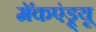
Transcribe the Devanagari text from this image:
मॅकएंड्र्यू